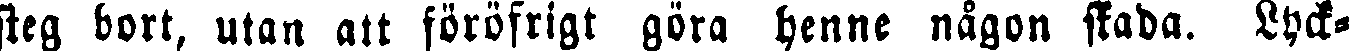
steg bort, utan att föröfrigt göra henne någon skada. Lyck-